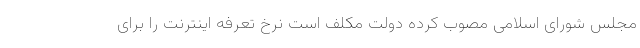
مجلس شورای اسلامی مصوب کرده دولت مکلف است نرخ تعرفه اینترنت را برای